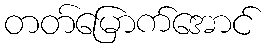
တတ်မြောက်အောင်